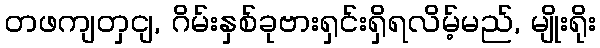
တဖကျတှငျ, ဂိမ်းနှစ်ခုဗားရှင်းရှိရလိမ့်မည်, မျိုးရိုး